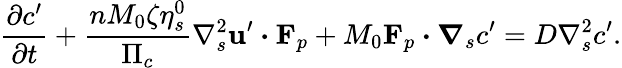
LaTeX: \frac{\partial c^{\prime}}{\partial t}+\frac{nM_{0}\zeta\eta_{s}^{0}}{\Pi_{c}}\nabla_{s}^{2}\mathbf{u}^{\prime}\boldsymbol{\cdot}\mathbf{F}_{p}+M_{0}\mathbf{F}_{p}\boldsymbol{\cdot}\boldsymbol{\nabla}_{s}c^{\prime}=D\nabla_{s}^{2}c^{\prime}.